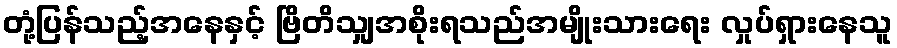
တုံ့ပြန်သည့်အနေနှင့် ဗြိတိသျှအစိုးရသည်အမျိုးသားရေး လှုပ်ရှားနေသူ